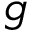
g